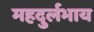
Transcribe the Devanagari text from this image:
महदुर्लभाय